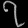
Digit: ၇